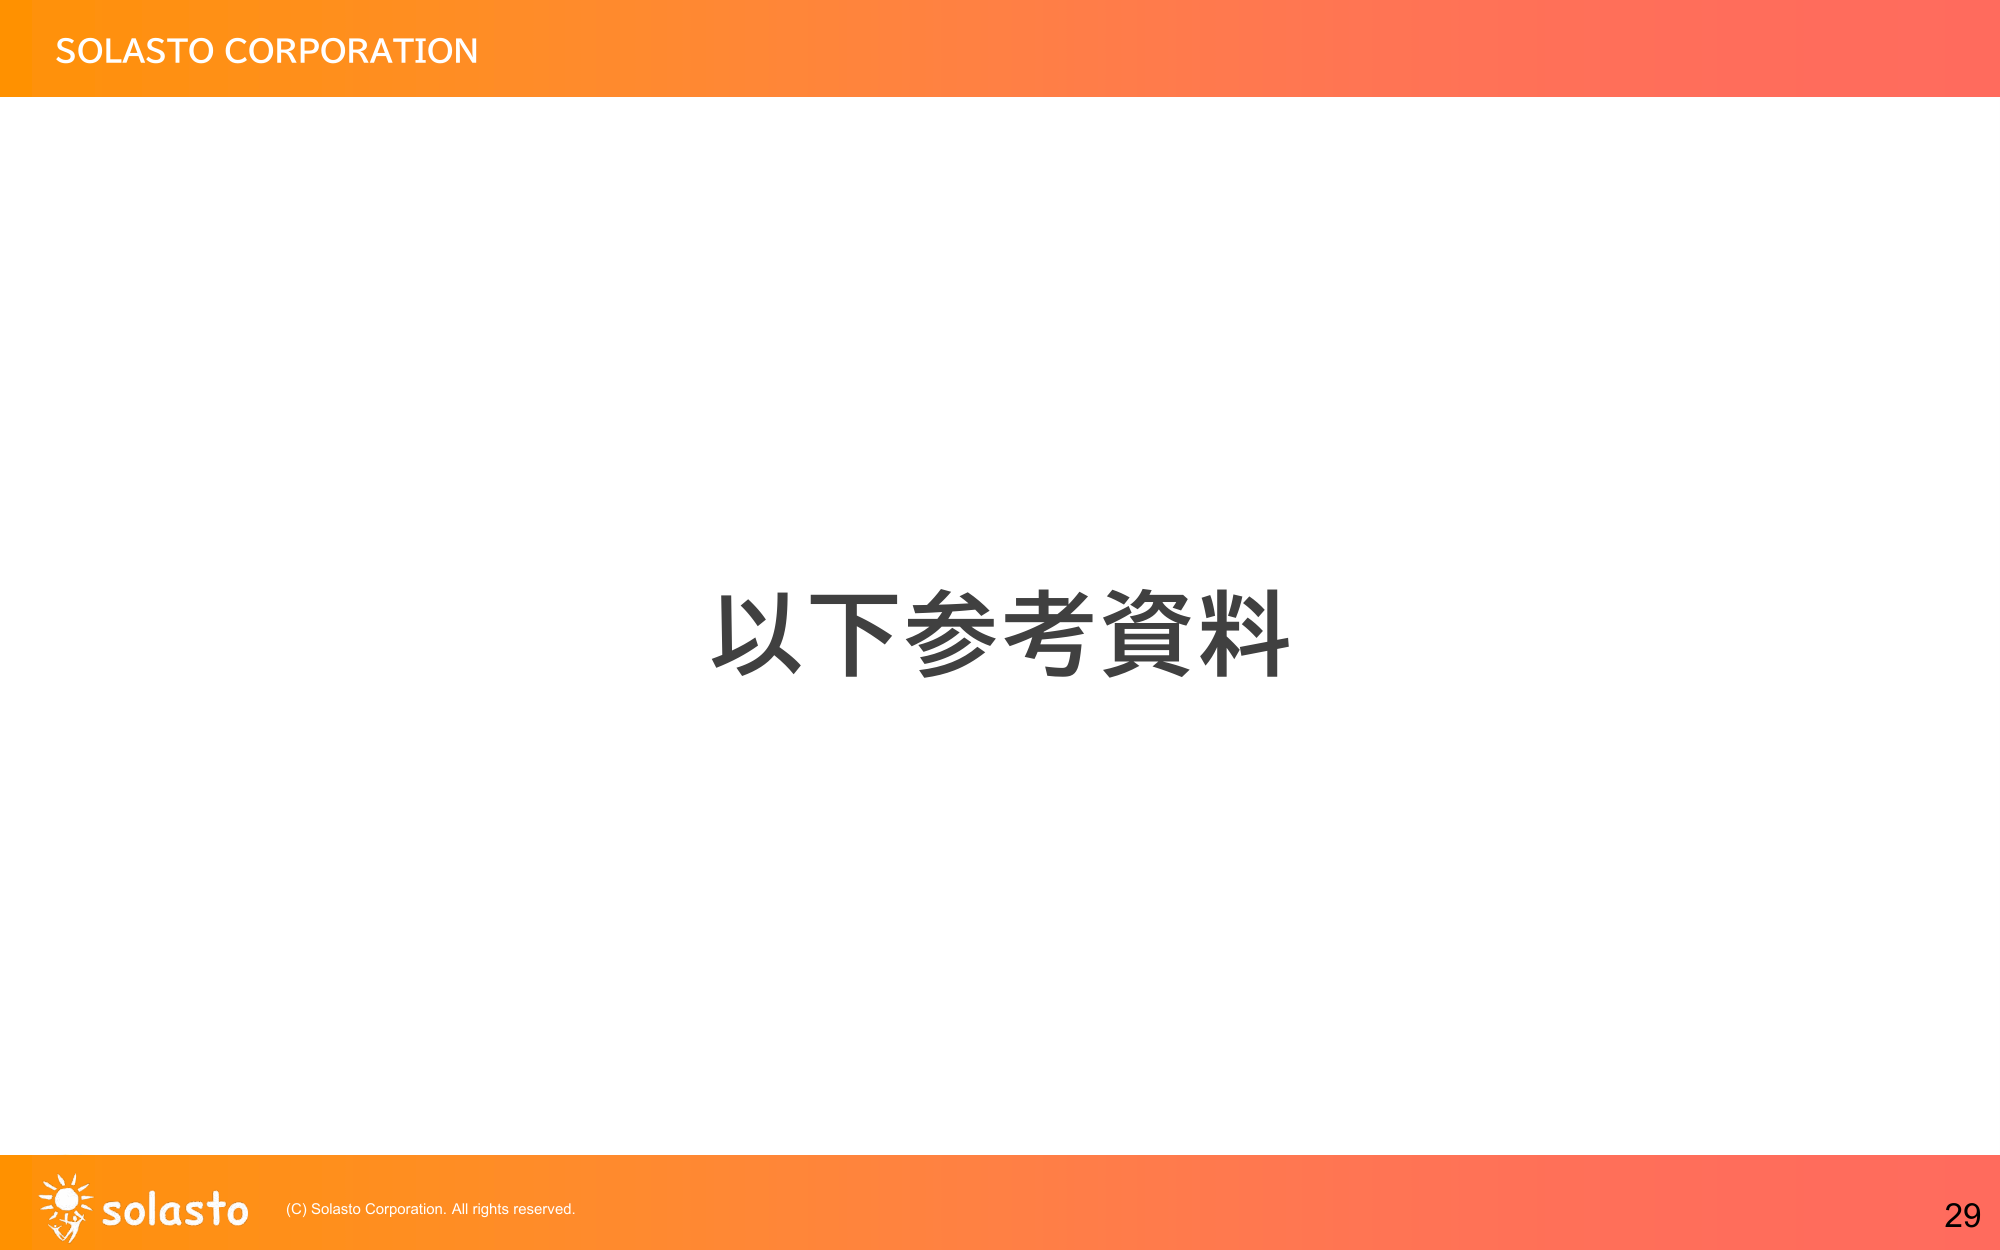
SOLASTO CORPORATION
以下参考資料
solas to (C) Solasto Corporation. All rights reserved.
29